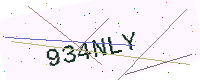
Text: 934NLY